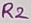
Text: R2